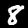
Digit: 8